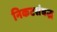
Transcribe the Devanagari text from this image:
निकटसंबद्ध